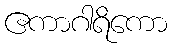
ဧကာဂါရိကော